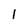
Character: 1